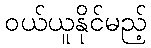
ဝယ်ယူနိုင်မည့်